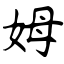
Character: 姆